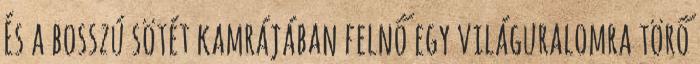
És a bosszú sötét kamrájában felnő egy világuralomra törő